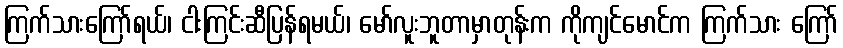
ကြက်သားကြော်ရယ်၊ ငါးကြင်းဆီပြန်ရမယ်၊ မော်လူးဘူတာမှာတုန်းက ကိုကျင်မောင်က ကြက်သား ကြော်